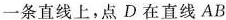
一条直线上，点D在直线AB